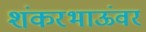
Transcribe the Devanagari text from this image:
शंकरभाऊंवर